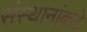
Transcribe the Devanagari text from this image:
संस्थानांकडे